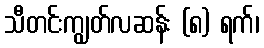
သီတင်းကျွတ်လဆန်း (၈) ရက်၊